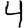
Digit: 4